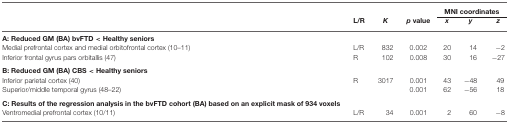
<table><thead><tr><td></td><td></td><td></td><td></td><td colspan="3"><b>MNI coordinates</b></td></tr><tr><td></td><td><b>L/R</b></td><td><b><i>K</i></b></td><td><b><i>p</i> value</b></td><td><b><i>x</i></b></td><td><b><i>y</i></b></td><td><b><i>z</i></b></td></tr></thead><tbody><tr><td><b>A: Reduced GM (BA) bvFTD &lt; Healthy seniors</b></td></tr><tr><td>Medial prefrontal cortex and medial orbitofrontal cortex (10–11)</td><td>L/R</td><td>832</td><td>0.002</td><td>20</td><td>14</td><td>−2</td></tr><tr><td>Inferior frontal gyrus pars orbitallis (47)</td><td>R</td><td>102</td><td>0.008</td><td>30</td><td>16</td><td>−27</td></tr><tr><td><b>B: Reduced GM (BA) CBS &lt; Healthy seniors</b></td></tr><tr><td>Inferior parietal cortex (40)</td><td>R</td><td>3017</td><td>0.001</td><td>43</td><td>−48</td><td>49</td></tr><tr><td>Superior/middle temporal gyrus (48–22)</td><td></td><td></td><td>0.001</td><td>62</td><td>−56</td><td>18</td></tr><tr><td><b>C: Results of the regression analysis in the bvFTD cohort (BA) based on an explicit mask of 934 voxels</b></td></tr><tr><td>Ventromedial prefrontal cortex (10/11)</td><td>L/R</td><td>34</td><td>0.001</td><td>2</td><td>60</td><td>−8</td></tr></tbody></table>